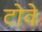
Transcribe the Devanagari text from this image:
टोवे